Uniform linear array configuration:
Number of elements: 16
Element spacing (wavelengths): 0.75
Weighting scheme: hann
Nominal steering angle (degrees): -60
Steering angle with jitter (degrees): -61.26
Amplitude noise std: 0.05
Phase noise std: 0.05

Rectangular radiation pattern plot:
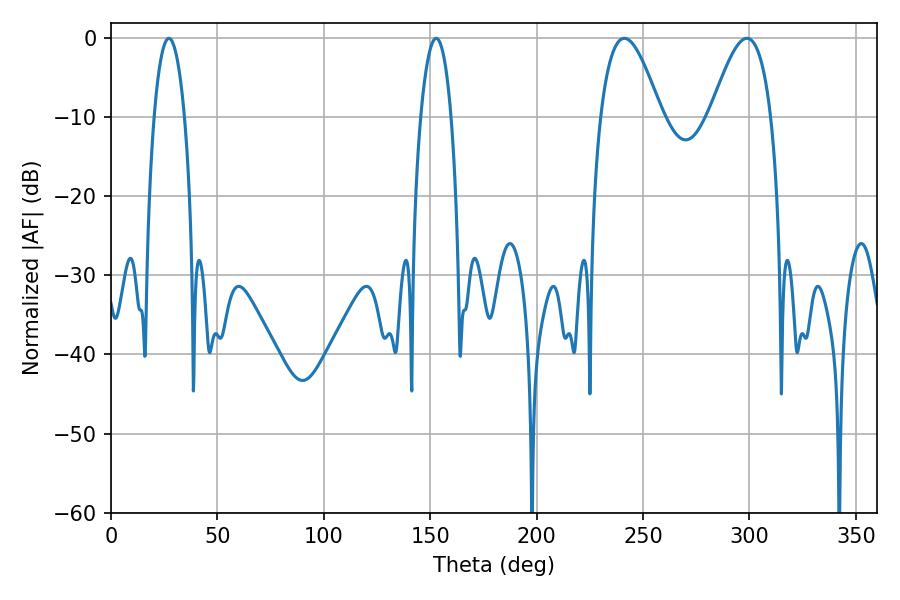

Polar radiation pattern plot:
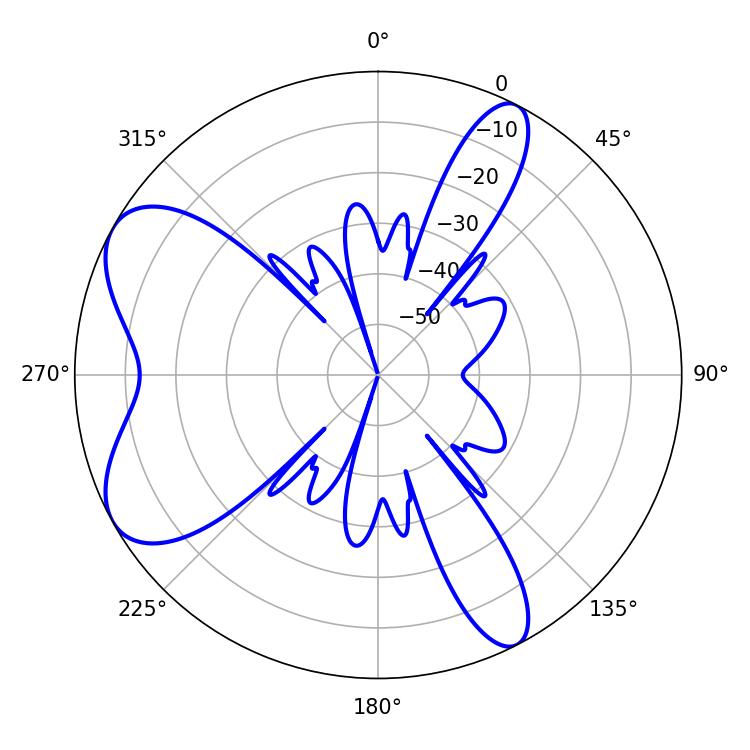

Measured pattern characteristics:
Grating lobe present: TRUE
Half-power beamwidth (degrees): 15.48
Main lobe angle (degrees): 298.8